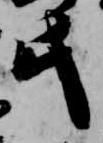
此